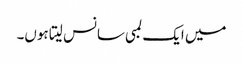
میں ایک لمبی سانس لیتا ہوں۔